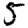
Digit: 5